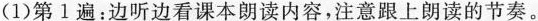
(1)第1遍：边听边看课本朗读内容，注意跟上朗读的节奏。